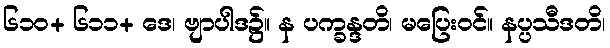
၆၁၀+ ၆၁၁+ ဒေ၊ ဗျာပါဒ၌။ န ပက္ခန္ဒတိ၊ မပြေးဝင်။ နပ္ပသီဒတိ၊